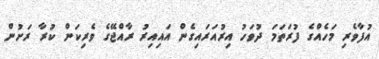
އުފާވެރި މަހެއްގެ ފުރަތަމަ ދުވަހު އިރުއަރައިގެން އައިއިރު ރާއްޖޭގެ ވެރިކަން ކުރާ ރަށުން